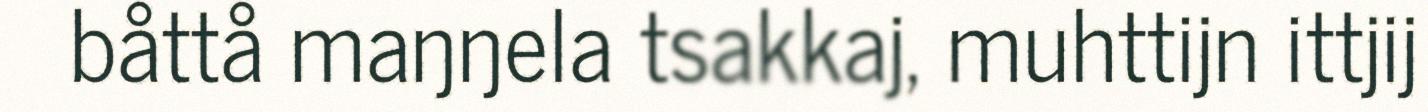
båttå maŋŋela tsakkaj, muhttijn ittjij